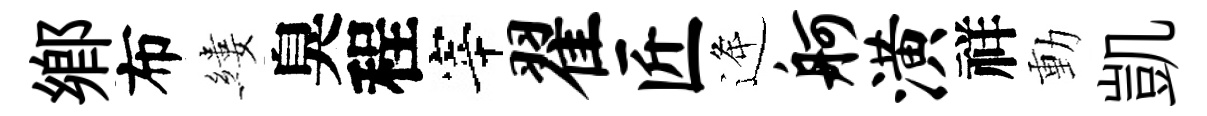
鄕布縷臭程宰翟匠逄舸潢祥動凱